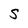
Character: S